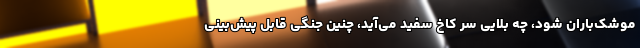
موشک‌باران شود، چه بلایی سر کاخ سفید می‌آید، چنین جنگی قابل پیش‌بینی